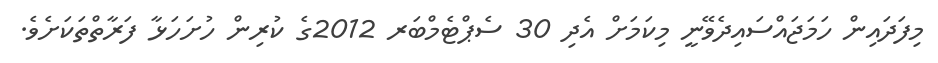
މިފަދައިން ހަމަޖައްސައިދެވޭނީ މިކަމަށް އެދި 30 ސެޕްޓެމްބަރ 2012ގެ ކުރިން ހުށަހަޅާ ފަރާތްތަކަށެވެ.